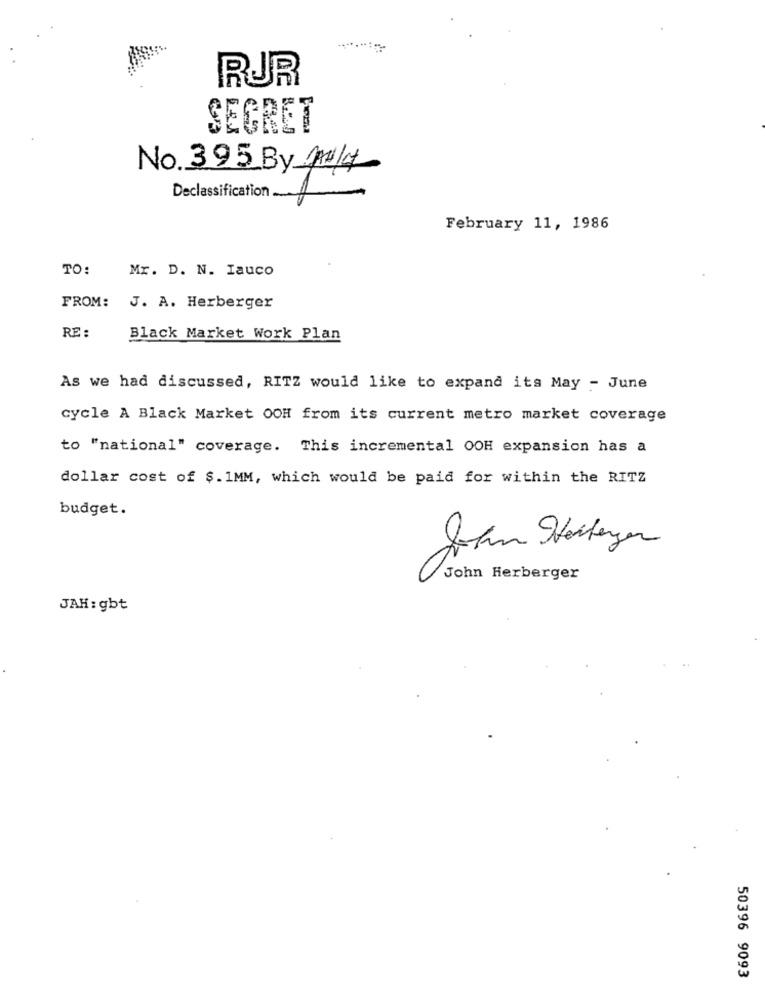
RUR
SECRET
No. 395_By April
Declassification ..
February 11, 1986
TO:
Mr. D. N. Iauco
FROM:
J. A. Herberger
RE :
Black Market Work Plan
As we had discussed, RITZ would like to expand its May - June
cycle A Black Market OOH from its current metro market coverage
to "national" coverage. This incremental OOH expansion has a
dollar cost of $. 1MM, which would be paid for within the RITZ
budget.
John Herberger
JAH: gbt
50396 9093